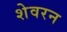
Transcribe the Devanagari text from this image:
शेवरन